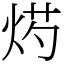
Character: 烵